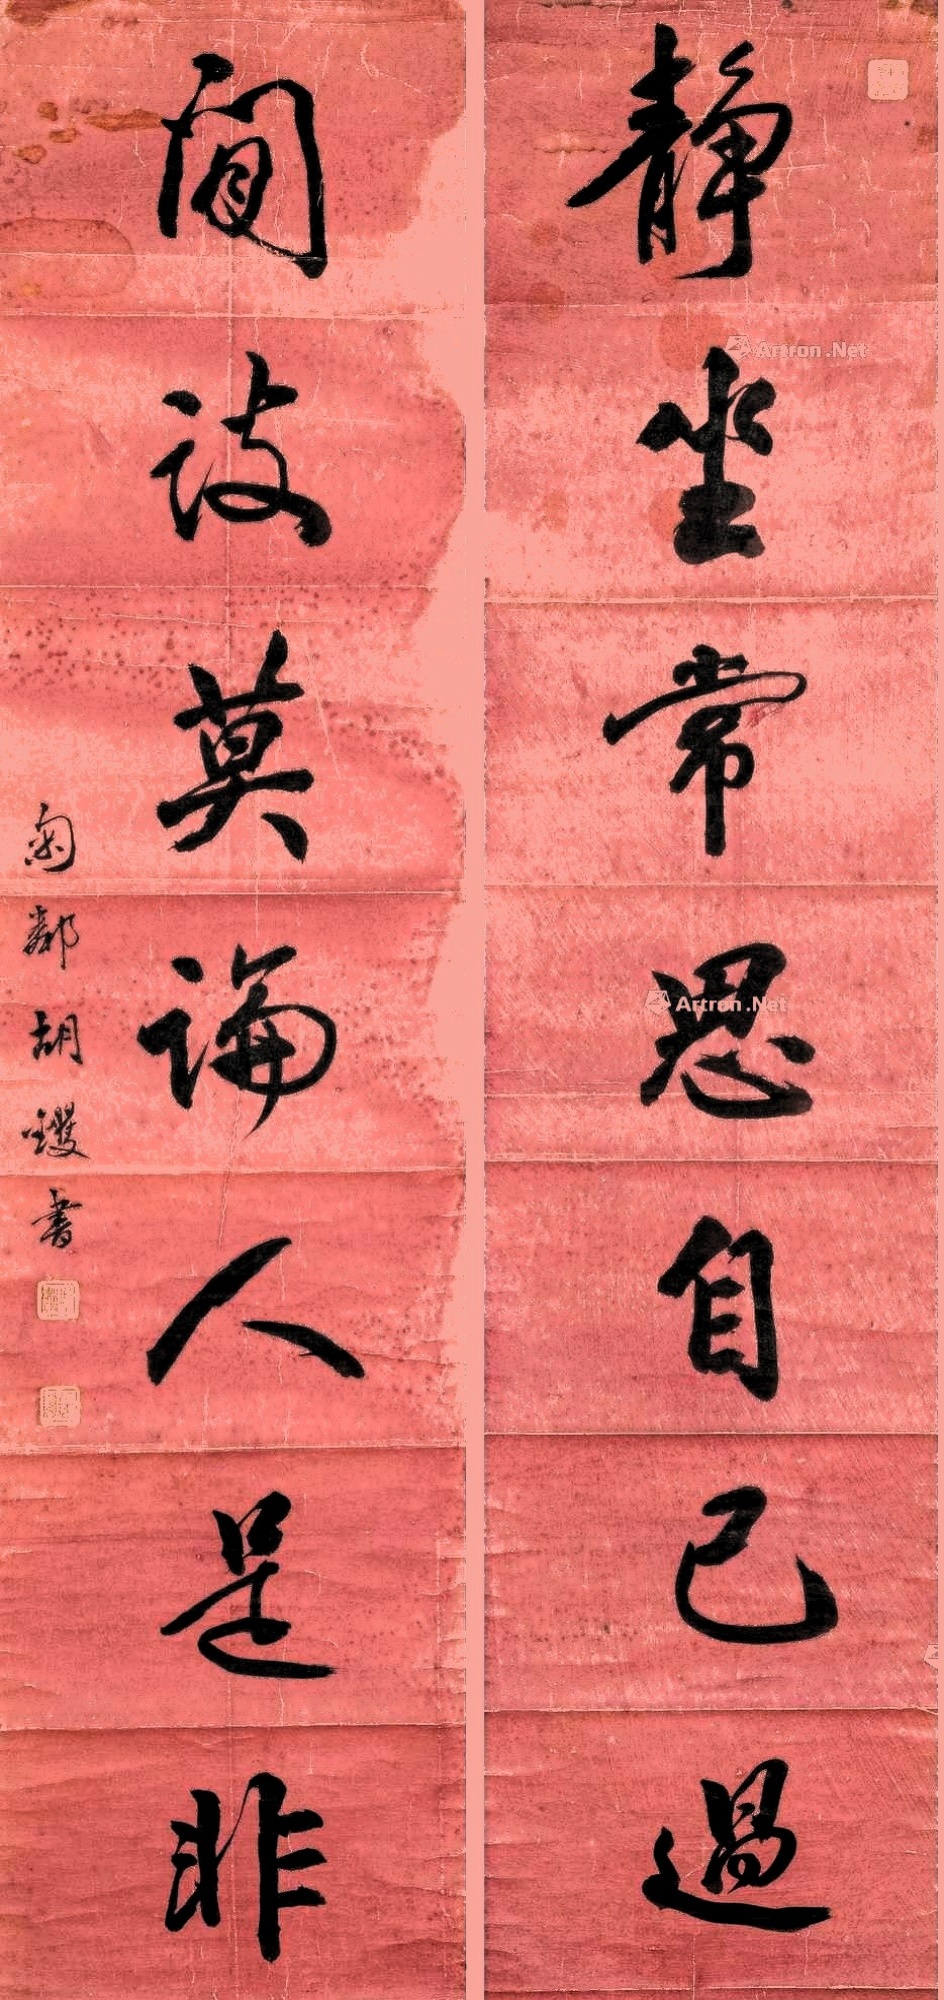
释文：静坐常思自己过，闲谈莫论人非。匊邻胡䦆书。